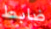
ضابط